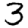
Digit: 3